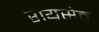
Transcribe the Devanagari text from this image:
रायसेठ